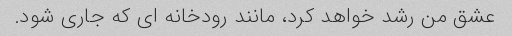
عشق من رشد خواهد کرد، مانند رودخانه ای که جاری شود.